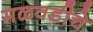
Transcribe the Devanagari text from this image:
मळवडीचे